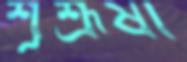
শূশ্রূষা